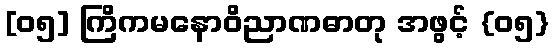
[၀၅] ကြိကမနောဝိညာဏဓာတု အဖွင့် {၀၅}